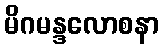
မိဂမန္ဒလောစနာ